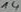
Text: 14